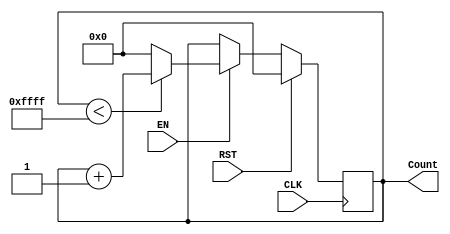
module counter_16(CLK, RST, EN, Count);

	// Define inputs and outputs
	input CLK, RST, EN;
	output reg [15:0] Count;
	
	initial begin
		Count = 16'b0000000000000000;
	end
	
	always @ (posedge CLK)
		begin
			if (RST)
				begin
					Count = 16'b0000000000000000;
				end
			else if (EN)
				begin
					if (Count < 16'b1111111111111111)
						begin
							Count <= Count + 1;
						end
					else 
						begin
							Count = 16'b0000000000000000;
						end
				end
		end	

endmodule